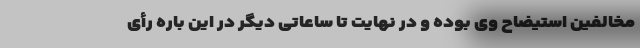
مخالفین استیضاح وی بوده و در نهایت تا ساعاتی دیگر در این باره رأی